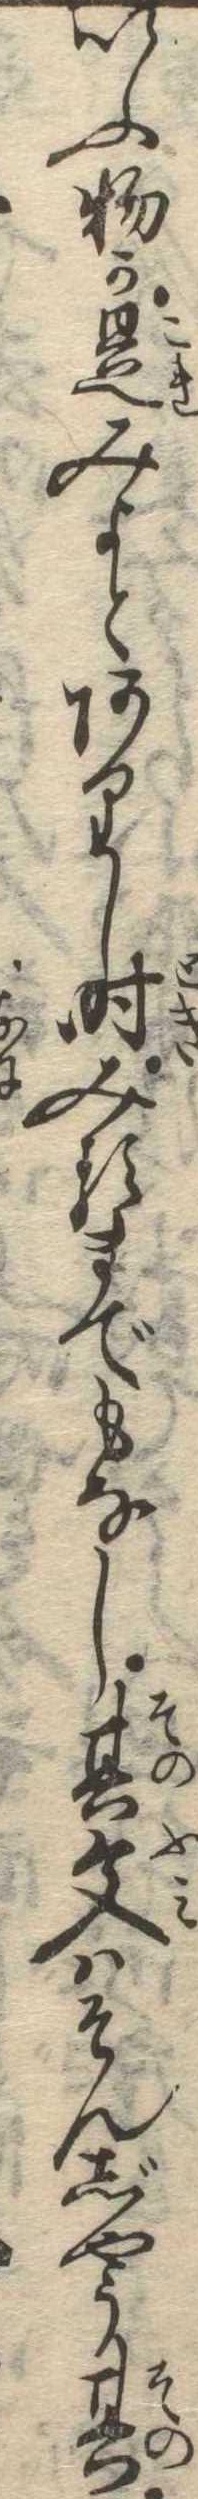
いふ物か是みよとありし時みるまでもなし其文はそんじやう其